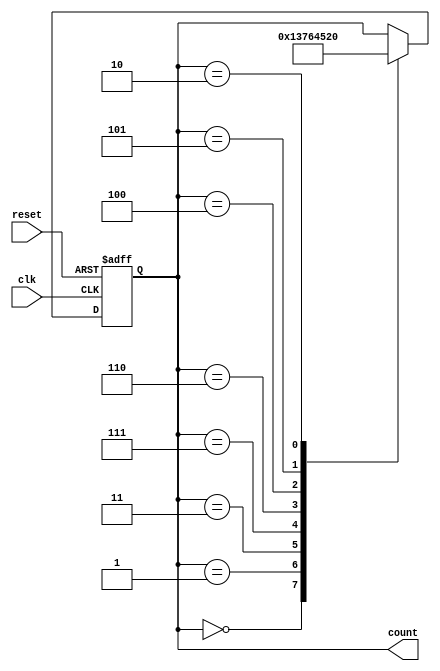
module johnson_counter(
    input wire clk,
    input wire reset,
    output reg [3:0] count // 4-bit counter
);

always @(posedge clk or posedge reset) begin
    if (reset) begin
        count <= 4'b0000; // Reset the counter to 0
    end else begin
        // Increment the counter in a Johnson sequence
        case(count)
            4'd0: count <= 4'd1;
            4'd1: count <= 4'd3;
            4'd3: count <= 4'd7;
            4'd7: count <= 4'd6;
            4'd6: count <= 4'd4;
            4'd4: count <= 4'd5;
            4'd5: count <= 4'd2;
            4'd2: count <= 4'd0;
        endcase
    end
end

endmodule